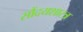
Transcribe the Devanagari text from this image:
सौंदयशास्त्र